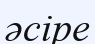
әсіре